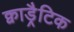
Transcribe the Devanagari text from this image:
क्वाड्रैटिक